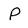
Character: P